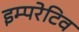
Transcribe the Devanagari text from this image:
इम्परेटिव